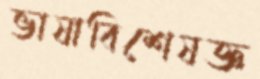
ভাষাবিশেষজ্ঞ